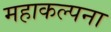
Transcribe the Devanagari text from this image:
महाकल्पना